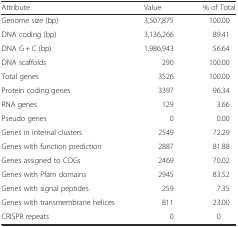
| Attribute | Value | % of Total |
 | --- | --- | --- |
 | Genome size (bp) | 3,507,875 | 100.00 |
 | DNA coding (bp) | 3,136,266 | 89.41 |
 | DNA G + C (bp) | 1,986,943 | 56.64 |
 | DNA scaffolds | 290 | 100.00 |
 | Total genes | 3526 | 100.00 |
 | Protein coding genes | 3397 | 96.34 |
 | RNA genes | 129 | 3.66 |
 | Pseudo genes | 0 | 0.00 |
 | Genes in internal clusters | 2549 | 72.29 |
 | Genes with function prediction | 2887 | 81.88 |
 | Genes assigned to COGs | 2469 | 70.02 |
 | Genes with Pfam domains | 2945 | 83.52 |
 | Genes with signal peptides | 259 | 7.35 |
 | Genes with transmembrane helices | 811 | 23.00 |
 | CRISPR repeats | 0 | 0 |